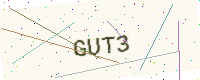
Text: GUT3